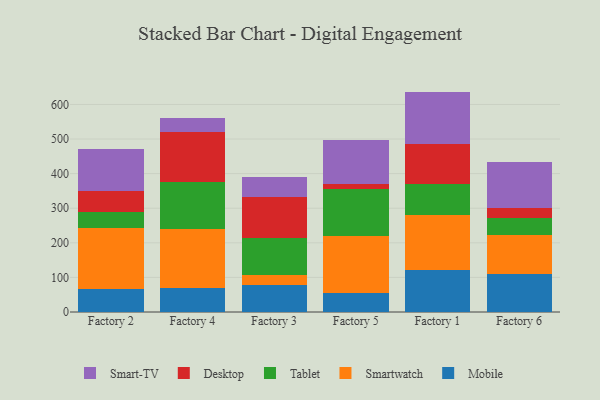
{"axis": {"x": "Factory", "y": "Satisfaction Score"}, "legend": ["Desktop", "Mobile", "Smart-TV", "Smartwatch", "Tablet"], "data": [{"x": "Factory 2", "y": 67.5, "type": "Mobile"}, {"x": "Factory 2", "y": 174.7, "type": "Smartwatch"}, {"x": "Factory 2", "y": 47.7, "type": "Tablet"}, {"x": "Factory 2", "y": 59.1, "type": "Desktop"}, {"x": "Factory 2", "y": 123.2, "type": "Smart-TV"}, {"x": "Factory 4", "y": 68.6, "type": "Mobile"}, {"x": "Factory 4", "y": 171.5, "type": "Smartwatch"}, {"x": "Factory 4", "y": 135.9, "type": "Tablet"}, {"x": "Factory 4", "y": 145.1, "type": "Desktop"}, {"x": "Factory 4", "y": 40.0, "type": "Smart-TV"}, {"x": "Factory 3", "y": 76.9, "type": "Mobile"}, {"x": "Factory 3", "y": 29.5, "type": "Smartwatch"}, {"x": "Factory 3", "y": 106.2, "type": "Tablet"}, {"x": "Factory 3", "y": 120.1, "type": "Desktop"}, {"x": "Factory 3", "y": 58.5, "type": "Smart-TV"}, {"x": "Factory 5", "y": 55.6, "type": "Mobile"}, {"x": "Factory 5", "y": 163.6, "type": "Smartwatch"}, {"x": "Factory 5", "y": 136.2, "type": "Tablet"}, {"x": "Factory 5", "y": 14.1, "type": "Desktop"}, {"x": "Factory 5", "y": 129.0, "type": "Smart-TV"}, {"x": "Factory 1", "y": 121.0, "type": "Mobile"}, {"x": "Factory 1", "y": 160.3, "type": "Smartwatch"}, {"x": "Factory 1", "y": 87.4, "type": "Tablet"}, {"x": "Factory 1", "y": 116.1, "type": "Desktop"}, {"x": "Factory 1", "y": 152.4, "type": "Smart-TV"}, {"x": "Factory 6", "y": 110.4, "type": "Mobile"}, {"x": "Factory 6", "y": 110.9, "type": "Smartwatch"}, {"x": "Factory 6", "y": 50.8, "type": "Tablet"}, {"x": "Factory 6", "y": 28.7, "type": "Desktop"}, {"x": "Factory 6", "y": 133.3, "type": "Smart-TV"}]}